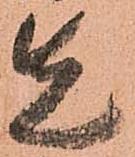
先